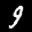
Label: 9